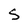
Character: s